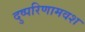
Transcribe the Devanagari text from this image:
दुष्परिणामवश